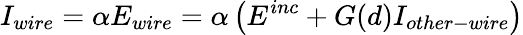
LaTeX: I_{wire}=\alpha E_{wire}=\alpha\left(E^{inc}+G(d)I_{other-wire}\right)